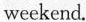
weekend.